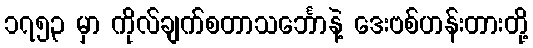
၁၇၅၃ မှာ ကိုလ်ချက်စတာသင်္ဘောနဲ့ ဒေးဗစ်ဟန်းတားတို့